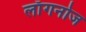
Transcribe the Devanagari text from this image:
लाँगनोज